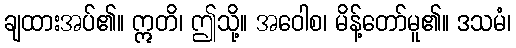
ချထားအပ်၏။ ဣတိ၊ ဤသို့။ အဝေါစ၊ မိန့်တော်မူ၏။ ဒသမံ၊